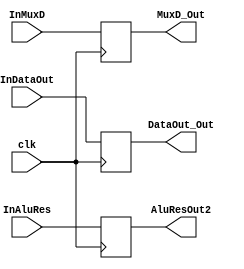
`timescale 1ns/1ns

module Bufer_MEM_WB (
    input [31:0]InDataOut,
    input [31:0]InAluRes,
    input InMuxD,
    input clk,
    output reg [31:0]DataOut_Out,
    output reg [31:0]AluResOut2,
    output reg MuxD_Out
);

initial begin
    DataOut_Out=0;
    AluResOut2=0;
    MuxD_Out=0;
end
always @(posedge clk)
begin
    DataOut_Out = InDataOut;
    AluResOut2 = InAluRes;
    MuxD_Out = InMuxD;
end 
    
endmodule